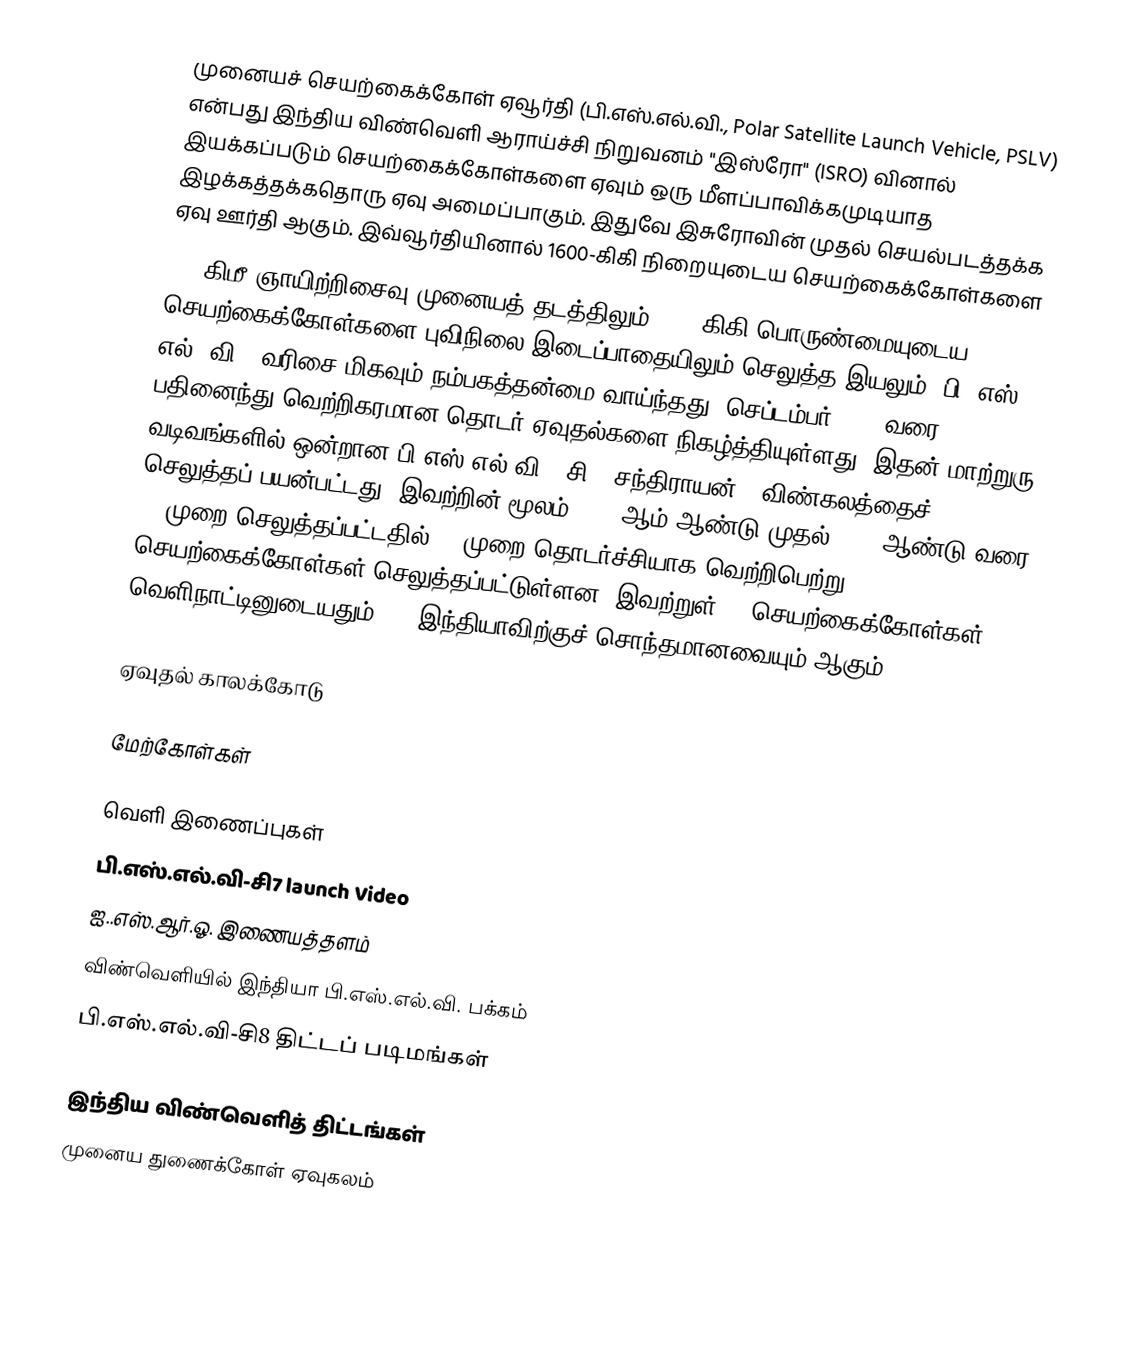
முனையச் செயற்கைக்கோள் ஏவூர்தி (பி.எஸ்.எல்.வி., Polar Satellite Launch Vehicle, PSLV) என்பது இந்திய விண்வெளி ஆராய்ச்சி நிறுவனம் "இஸ்ரோ" (ISRO) வினால் இயக்கப்படும் செயற்கைக்கோள்களை ஏவும் ஒரு மீளப்பாவிக்கமுடியாத இழக்கத்தக்கதொரு ஏவு அமைப்பாகும். இதுவே இசுரோவின் முதல் செயல்படத்தக்க ஏவு ஊர்தி ஆகும். இவ்வூர்தியினால் 1600-கிகி நிறையுடைய செயற்கைக்கோள்களை
620 கிமீ ஞாயிற்றிசைவு முனையத் தடத்திலும் 1050-கிகி பொருண்மையுடைய செயற்கைக்கோள்களை புவிநிலை இடைப்பாதையிலும் செலுத்த இயலும். பி. எஸ். எல். வி.- வரிசை மிகவும் நம்பகத்தன்மை வாய்ந்தது; செப்டம்பர் 2009 வரை பதினைந்து வெற்றிகரமான தொடர் ஏவுதல்களை நிகழ்த்தியுள்ளது. இதன் மாற்றுரு வடிவங்களில் ஒன்றான பி.எஸ்.எல்.வி - சி11 சந்திராயன்-1 விண்கலத்தைச் செலுத்தப் பயன்பட்டது. இவற்றின் மூலம் 1994 ஆம் ஆண்டு முதல் 2016 ஆண்டு வரை 38 முறை செலுத்தப்பட்டதில் 37 முறை தொடர்ச்சியாக வெற்றிபெற்று 121 செயற்கைக்கோள்கள் செலுத்தப்பட்டுள்ளன, இவற்றுள் 79 செயற்கைக்கோள்கள் வெளிநாட்டினுடையதும்,  42 இந்தியாவிற்குச் சொந்தமானவையும் ஆகும்.

ஏவுதல் காலக்கோடு

மேற்கோள்கள்

வெளி இணைப்புகள்
பி.எஸ்.எல்.வி-சி7 launch Video
ஐ..எஸ்.ஆர்.ஓ. இணையத்தளம்
விண்வெளியில் இந்தியா பி.எஸ்.எல்.வி. பக்கம்
பி.எஸ்.எல்.வி-சி8 திட்டப் படிமங்கள்

இந்திய விண்வெளித் திட்டங்கள்
முனைய துணைக்கோள் ஏவுகலம்